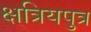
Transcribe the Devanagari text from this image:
क्षत्रियपुत्र